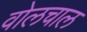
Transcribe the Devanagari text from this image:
वोलचाल